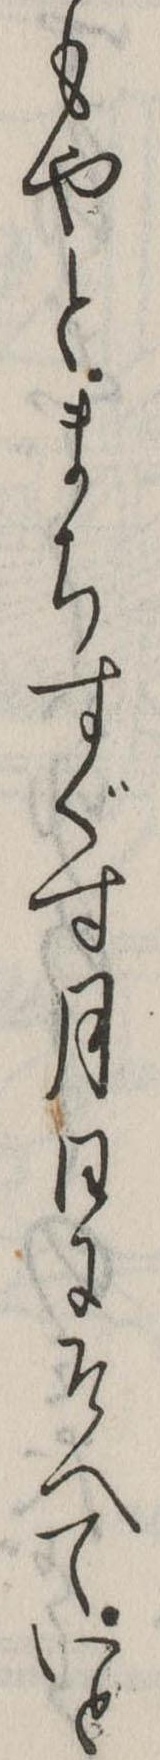
もやとまちすぐす月日にそへていと